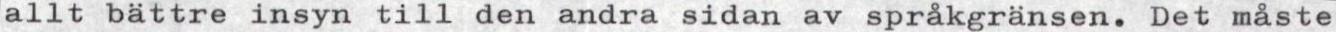
allt bättre insyn till den andra sidan av språkgränsen. Det måste